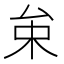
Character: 𠫩